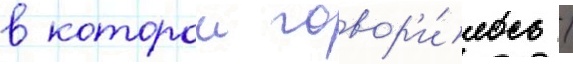
в которои говор'и́лось /